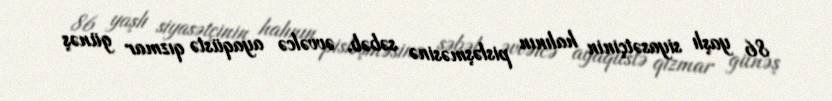
86 yaşlı siyasətçinin halının pisləşməsinə səbəb, əvvəlcə ayaqüstə qızmar günəş